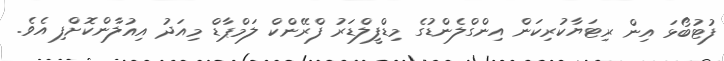
ފުޓުބޯޅަ އިން ރިޓަޔާކުރިކަން އިންގްލެންޑުގެ މިޑްފީލްޑަރު ފްރޭންކް ލަމްޕާޑް މިއަދު އިއުލާންކޮށްފި އެވެ.